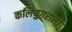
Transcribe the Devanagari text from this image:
कलियुगरासो